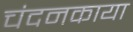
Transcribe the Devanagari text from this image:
चंदनकाया